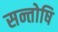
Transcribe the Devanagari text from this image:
सन्तोषि